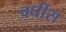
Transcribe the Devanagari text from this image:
वर्घीस